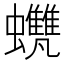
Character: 𧕺